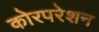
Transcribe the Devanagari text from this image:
कोरपरेशन